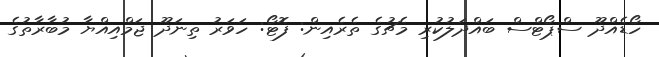
ހޯޑެއްދޫ ސްޕޯޓްސް ބައްދަލުކުރި މެޗުގެ ތެރެއިން: ފޮޓޯ: ހަވަރު ތިނަދޫ ޖަމްއިއްޔާ މުބާރާތުގެ